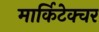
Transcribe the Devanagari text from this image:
मार्किटेक्चर